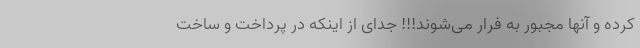
کرده و آنها مجبور به فرار می‌شوند!!! جدای از اینکه در پرداخت و ساخت